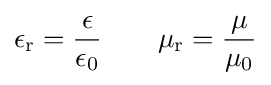
\epsilon _{\text{r}}={\epsilon  \over \epsilon _{\text{0}}}\qquad \mu _{\text{r}}={\mu  \over \mu _{\text{0}}}